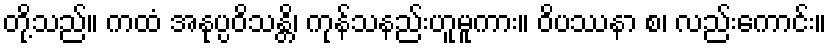
တို့သည်။ ကထံ အနုပ္ပဝိသန္တိ၊ ကုန်သနည်းဟူမူကား။ ဝိပဿနာ စ၊ လည်းကောင်း။